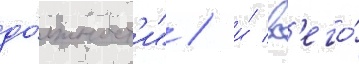
до́лжност'и" / и́ вс'его́